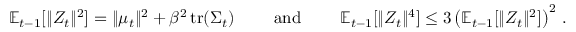
\begin{array} { r } { \mathbb E _ { t - 1 } [ \Vert Z _ { t } \Vert ^ { 2 } ] = \Vert \mu _ { t } \Vert ^ { 2 } + \beta ^ { 2 } \operatorname { t r } ( \Sigma _ { t } ) \qquad \mathrm { ~ a n d ~ } \qquad \mathbb E _ { t - 1 } [ \Vert Z _ { t } \Vert ^ { 4 } ] \leq 3 \left( \mathbb E _ { t - 1 } [ \Vert Z _ { t } \Vert ^ { 2 } ] \right) ^ { 2 } \, . } \end{array}